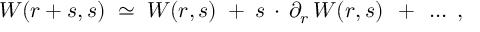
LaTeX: W ( r + s , s ) \; \simeq \; W ( r , s ) \; + \; s \, \cdot \, \partial _ { r } \, W ( r , s ) \; \, + \; \, \ldots \; ,